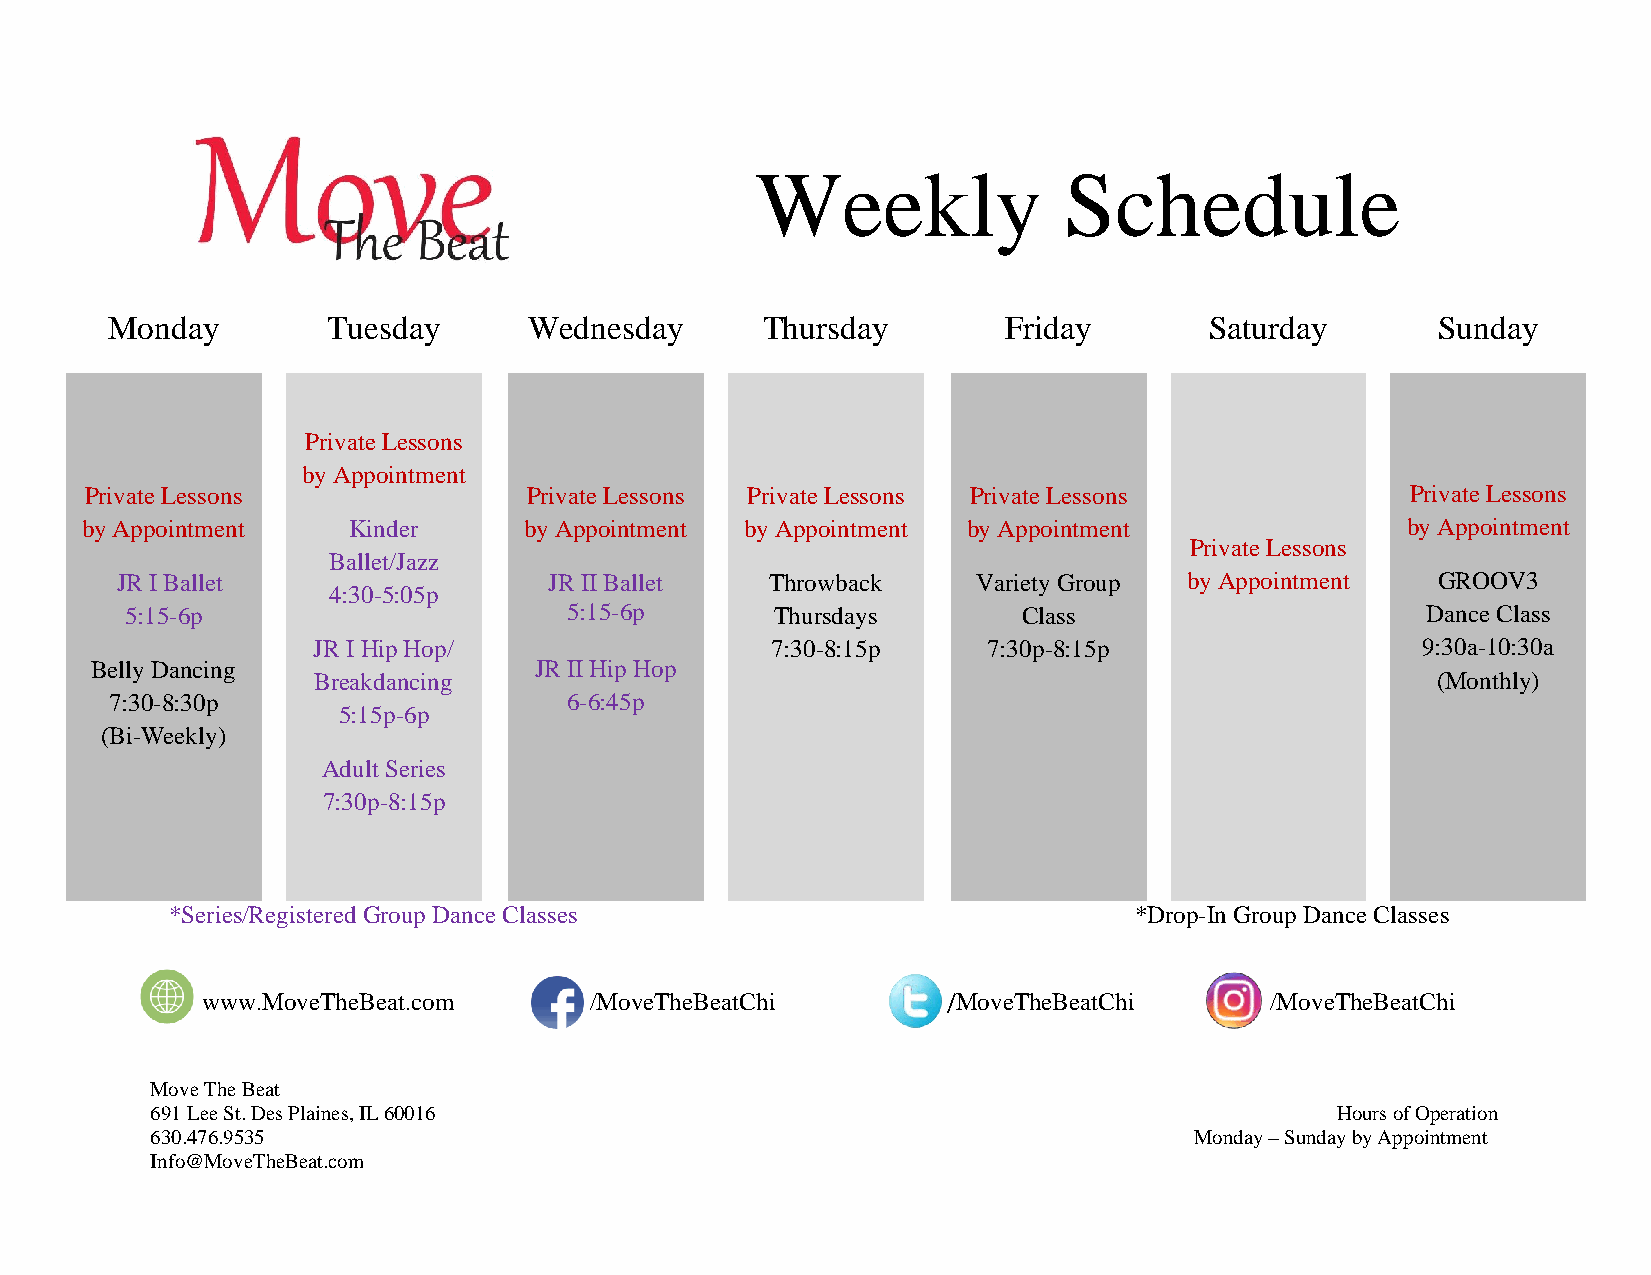
Weekly              Schedule
 Monday         Tuesday      Wednesday      Thursday         Friday       Saturday       Sunday
 Private Lessons
 by Appointment
 Private Lessons              Private Lessons Private Lessons Private Lessons           Private Lessons
 by Appointment    Kinder      by Appointment by Appointment by Appointment              by Appointment
 Private Lessons
 Ballet/Jazz
 JR I Ballet                 JR II Ballet   Throwback     Variety Group by Appointment  GROOV3
 4:30-5:05p
 5:15-6p                       5:15-6p      Thursdays        Class                     Dance Class
 JR I Hip Hop/                 7:30-8:15p    7:30p-8:15p                  9:30a-10:30a
 Belly Dancing                JR II Hip Hop
 Breakdancing                                                              (Monthly)
 7:30-8:30p                     6-6:45p
 5:15p-6p
 (Bi-Weekly)
 Adult Series
 7:30p-8:15p
 *Series/Registered Group Dance Classes                          *Drop-In Group Dance Classes
 www.MoveTheBeat.com       /MoveTheBeatChi         /MoveTheBeatChi      /MoveTheBeatChi
 Move The Beat
 691 Lee St. Des Plaines, IL 60016                                             Hours of Operation
 630.476.9535                                                         Monday – Sunday by Appointment
 Info@MoveTheBeat.com